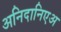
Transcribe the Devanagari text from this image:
अनिदानिएअ